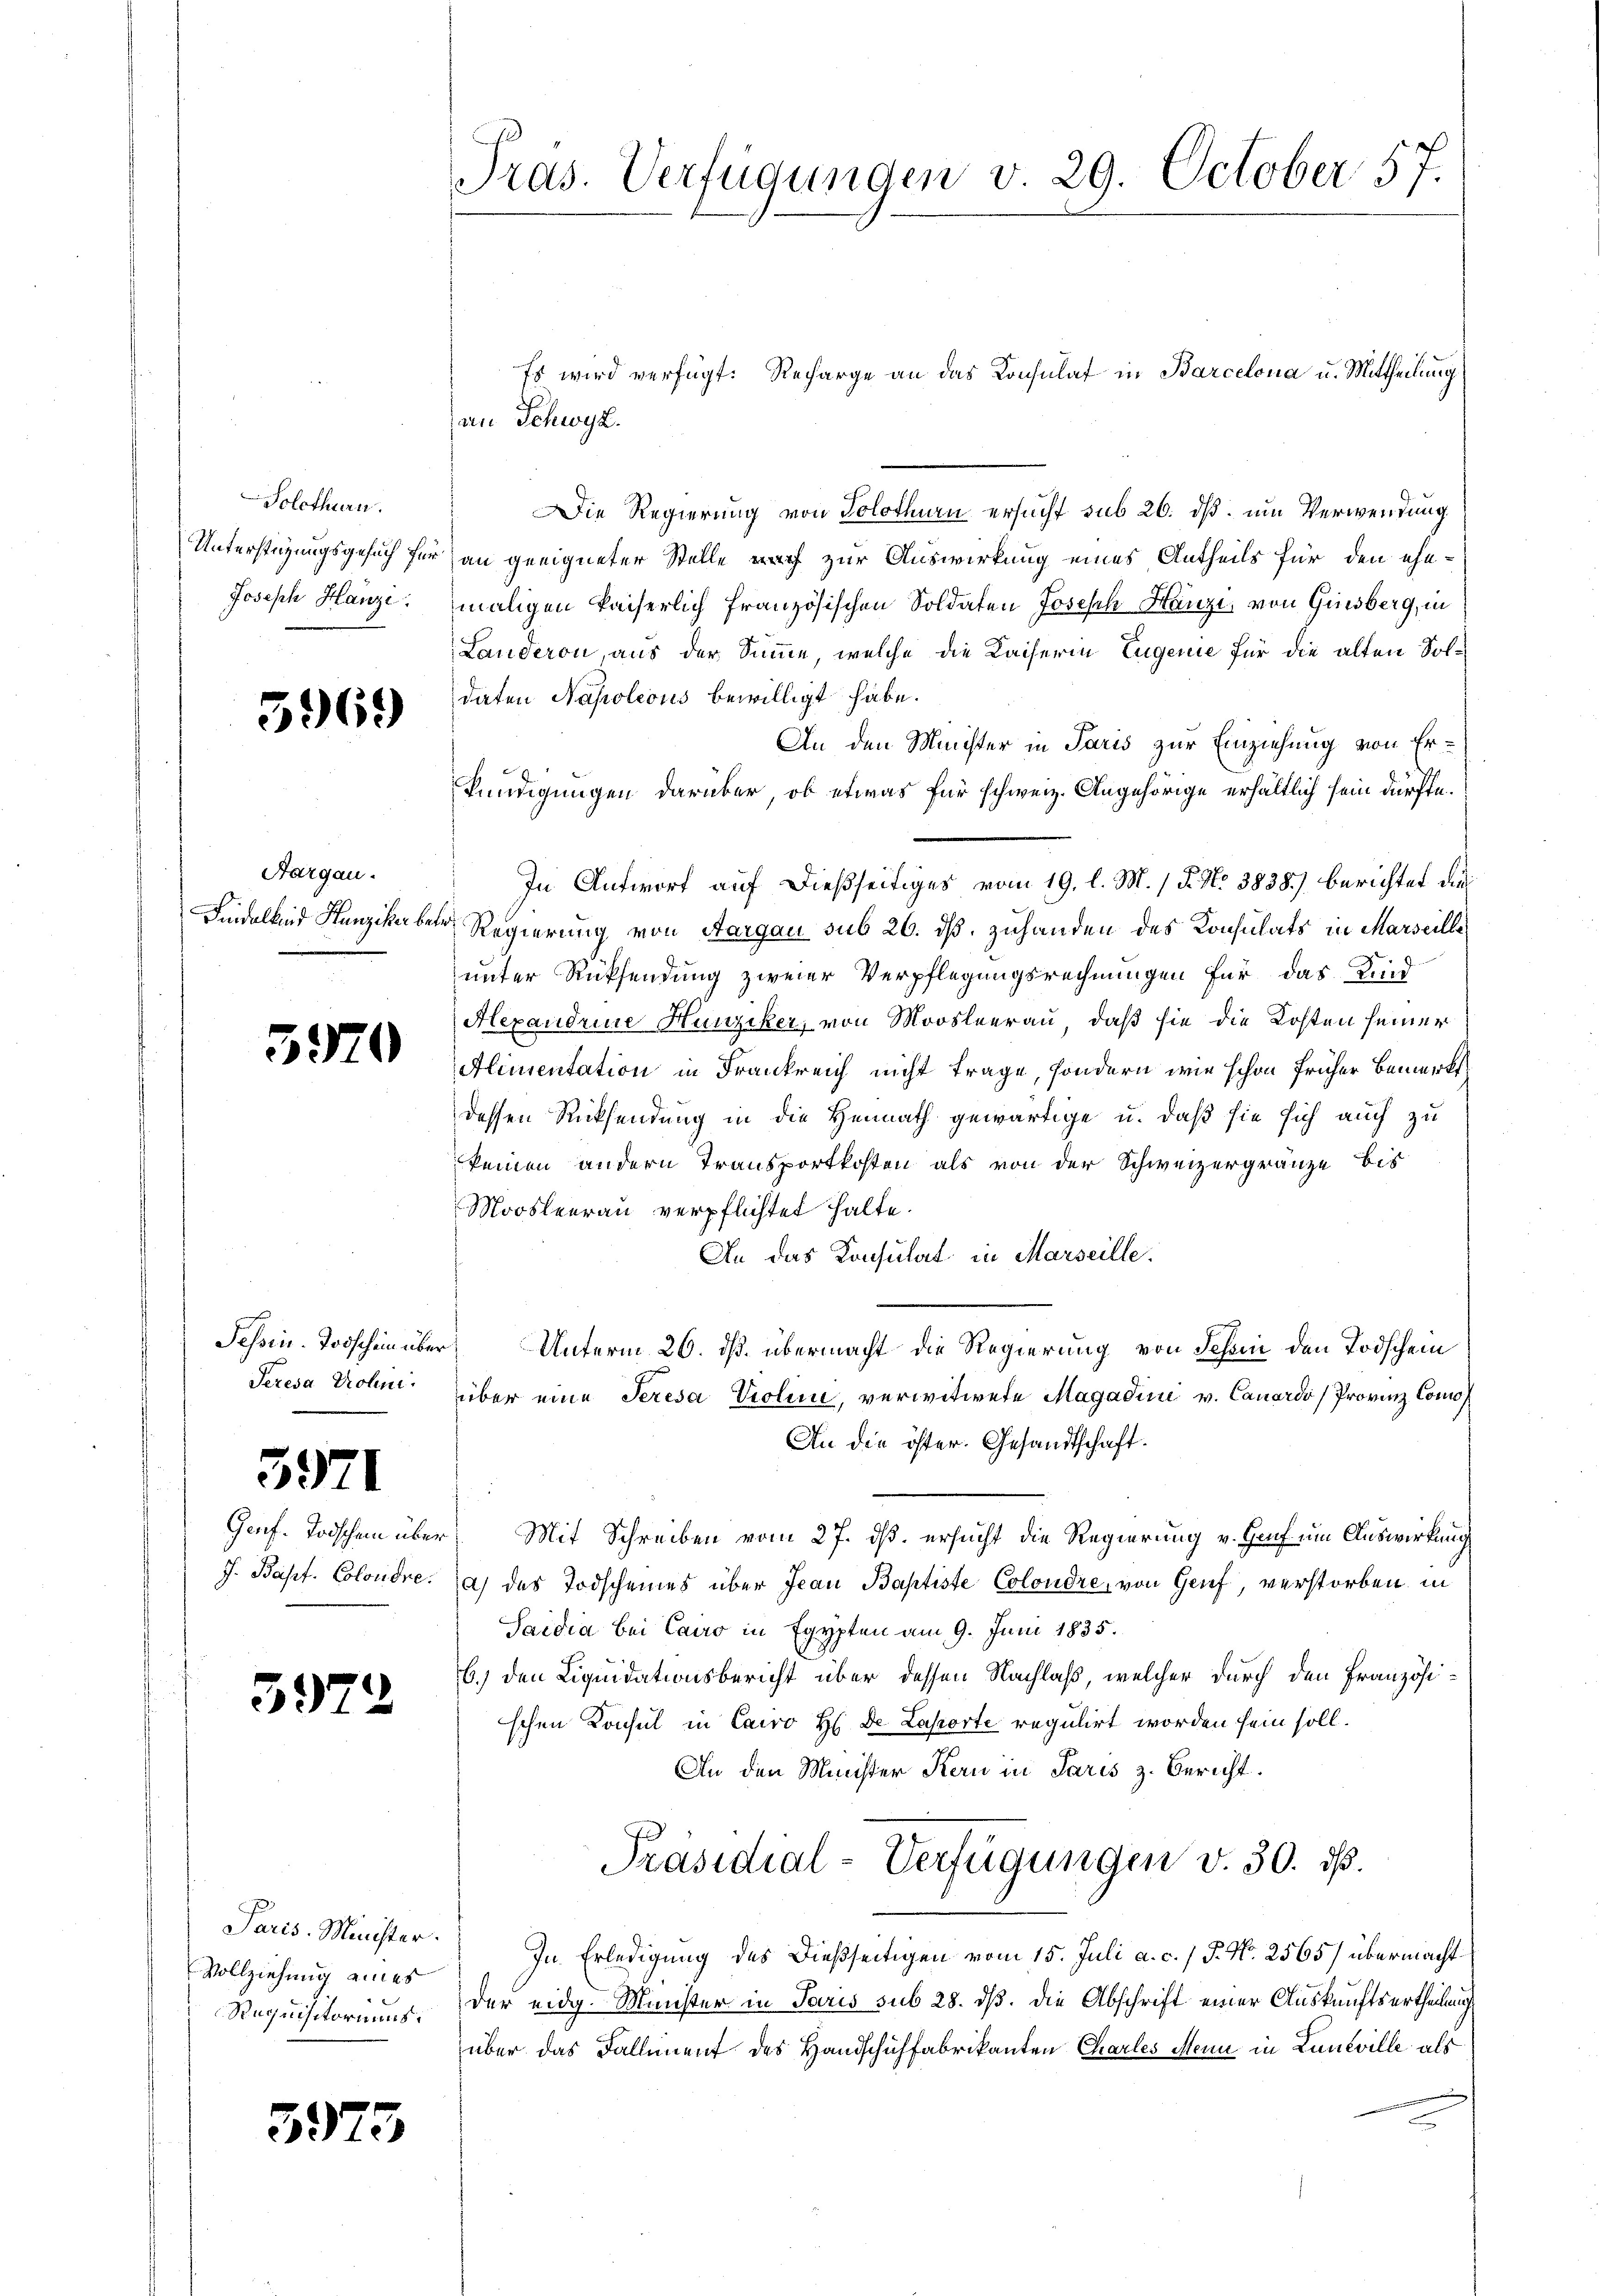
Solothurn.
Unterstüzungsgesuch für
Joseph Hanze

5969

Aargau.
Findelkind Hunziker be¬

5570

Tessin. Todschein über
Seresa Prolini

3971

Genf. Todschen über
J. Bapt. Colondre.

3972

Paris-Minister.
Vollziehung eines
Requisitoriums.

3975

Pras. Verfügungen v. 29. October 57.

Es wird verfügt: Recharge an das Konsulat in Barcelona u. Mittheilung
an Schwyz.
Die Regierung von Solothurn ersucht sub 26. dß um Verwendung
an geeigneter Stelle nach zur Auswirkung eines Antheils für den ehe-
maligen kaiserlich französischen Soldaten Joseph Henzi, von Ginsberg, in
Landeron, aus der Sinne, welche die Kaiserin Eugenie für die alten Soldaten Napoleous bewilligt habe.
An den Minister in Paris zur Einziehung von Erkündigungen darüber, ob etwas für schweiz. Angehörige erhältlich sein dürfte.
In Antwort auf dießseitiges vom 19. l. M. / P. No 3838) berichtet die
 Regierung von Aargau sub 26. dß. Zuhanden des Konsulats in Marseille
unter Rücksendung zweier Verpflegungsrechnungen für das Kind
Alexandrire Hunziker, von Moosleerau, daß sie die Kosten seiner
Alimentation in Frankreich nicht frage, sondern wie schon früher Bemerkt
dessen Rücksendung in die Heimath gewärtige u. daß sie sich auch zu
keinen andern Transportkosten als von der Schweizergränze bis
Moosleerau verpflichtet halte.
An das Konsulat in Marseille.
g
Unterm 26. ds. übermacht die Regierung von Schon den Todschem
über eine Seresa Violine, verwitwete Magadini v. Canardo (Provinz Como¬
An die öster. Gesandtschaft.
 Mit Schreiben vom 27. ds. ersucht die Regierung v. Hauf um Auswirkung
a) das Todscheines über Jean Baptiste Colondre, von Genf, verstorben in
Sardia bei Cano in Egypten am 9. Juni 1835.
b.) den Liquidationsbericht über dessen Nachlaß, welcher durch den Französischen Konsul in Cawo H. De Laporte regulirt worden sein soll.
An den Minister Kern in Paris z. Bericht.
Präsidial-Verfügungen v. 30. ds.
In Erledigung des dießseitigen vom 15. Juli a. c. / P. Nr. 2565) übermacht
der eidg. Minister in Paris sub 28. dß. Die Abschrift einer Auskunftsurtheilung
über das Fallement des Handschuhfabrikanten Charles Mein in Luneville als